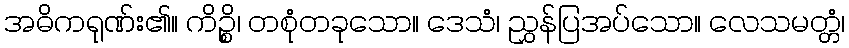
အဓိကရုဏ်း၏။ ကိဉ္စိ၊ တစုံတခုသော။ ဒေသံ၊ ညွှန်ပြအပ်သော။ လေသမတ္တံ၊